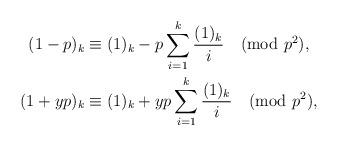
LaTeX: \begin{align*}(1-p)_k & \equiv (1)_k -p\sum_{i=1}^k\frac{(1)_k}{i} \pmod{p^2}, \\(1+yp)_k & \equiv (1)_k +yp\sum_{i=1}^k\frac{(1)_k}{i} \pmod{p^2},\end{align*}